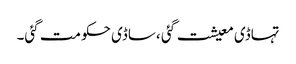
تہاڈی معیشت گئی ،ساڈی حکومت گئی۔